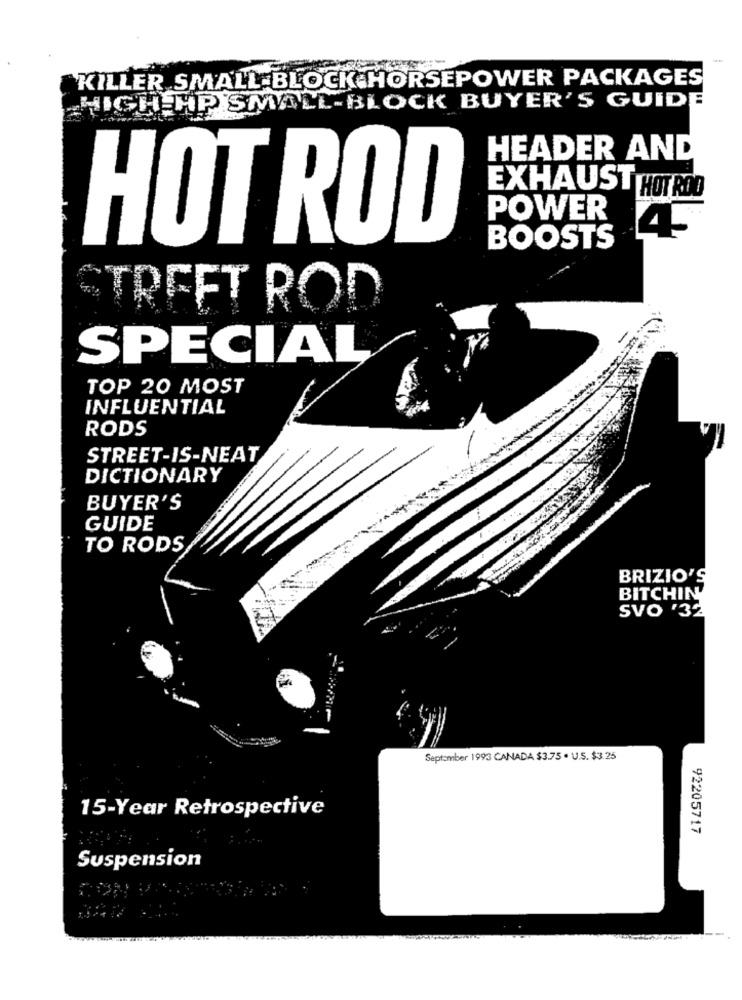
`KILLER SMALL BLOCK HORSEPOWER PACKAGES
HIGH HP SMALL-BLOCK BUYER'S GUIDE
HEADER AND
EXHAUST HOT ROD
POWER
4
HOT ROD
BOOSTS
STREET ROD
SPECIAL
TOP 20 MOST
INFLUENTIAL
RODS
STREET-IS-NEAT
DICTIONARY
BUYER'S
GUIDE
TO RODS
BRIZIO'S
BITCHIN
SVO '32
September 1993 CANADA $3.75 . U.S. $3.25
15-Year Retrospective
92205717
Suspension